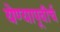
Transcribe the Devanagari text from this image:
येण्यापूवीर्च